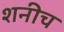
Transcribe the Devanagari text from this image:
शनीच